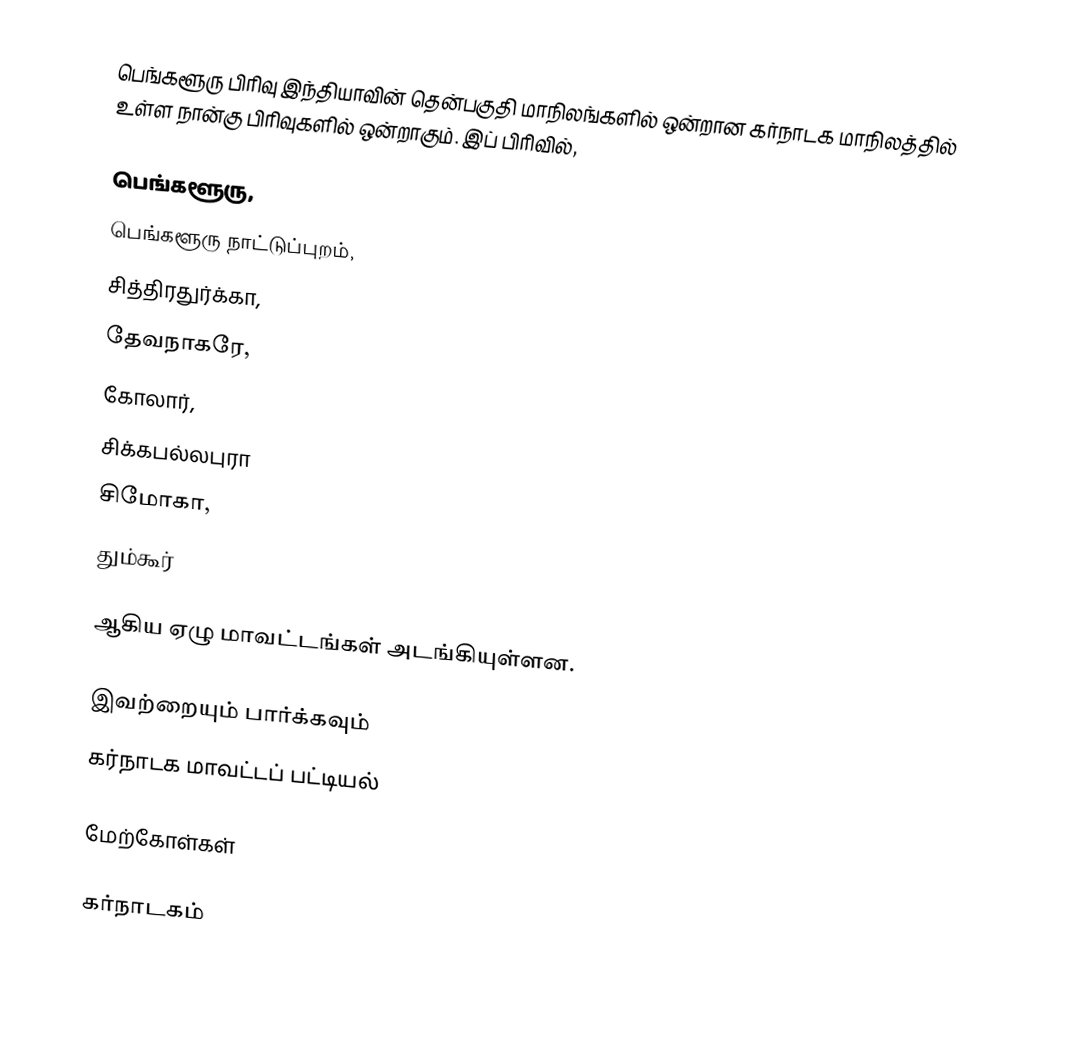
பெங்களூரு பிரிவு இந்தியாவின் தென்பகுதி மாநிலங்களில் ஒன்றான கர்நாடக மாநிலத்தில் உள்ள நான்கு பிரிவுகளில் ஒன்றாகும். இப் பிரிவில்,

 பெங்களூரு,
 பெங்களூரு நாட்டுப்புறம்,
 சித்திரதுர்க்கா,
 தேவநாகரே,
 கோலார்,
 சிக்கபல்லபுரா
 சிமோகா,
 தும்கூர்

ஆகிய ஏழு மாவட்டங்கள் அடங்கியுள்ளன.

இவற்றையும் பார்க்கவும்
 கர்நாடக மாவட்டப் பட்டியல்

மேற்கோள்கள்

கர்நாடகம்